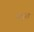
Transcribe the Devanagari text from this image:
वंचुरा